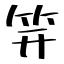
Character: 笄